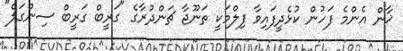
ޚާން އެންމެ ފަހުން ކުޅެދީފައިވާ ފިލްމަކީ ތަނޫޖާ ޗަންދުރާގެ "ގަރީބް ގަރީބް ސިންގަލް"